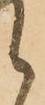
く